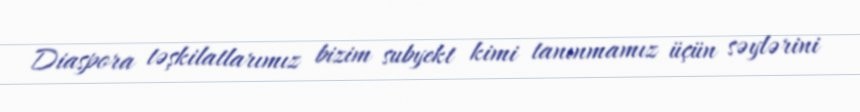
Diaspora təşkilatlarımız bizim subyekt kimi tanınmamız üçün səylərini